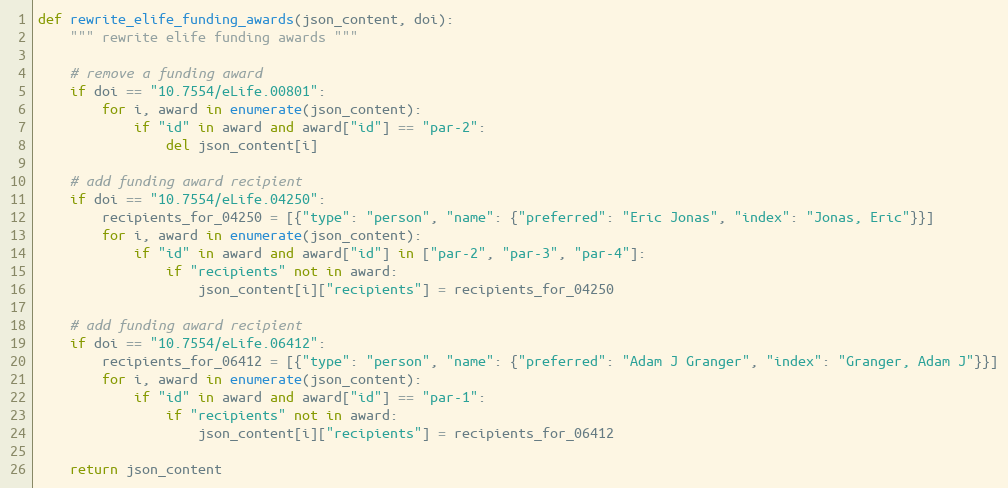
Language: Python
def rewrite_elife_funding_awards(json_content, doi):
    """ rewrite elife funding awards """

    # remove a funding award
    if doi == "10.7554/eLife.00801":
        for i, award in enumerate(json_content):
            if "id" in award and award["id"] == "par-2":
                del json_content[i]

    # add funding award recipient
    if doi == "10.7554/eLife.04250":
        recipients_for_04250 = [{"type": "person", "name": {"preferred": "Eric Jonas", "index": "Jonas, Eric"}}]
        for i, award in enumerate(json_content):
            if "id" in award and award["id"] in ["par-2", "par-3", "par-4"]:
                if "recipients" not in award:
                    json_content[i]["recipients"] = recipients_for_04250

    # add funding award recipient
    if doi == "10.7554/eLife.06412":
        recipients_for_06412 = [{"type": "person", "name": {"preferred": "Adam J Granger", "index": "Granger, Adam J"}}]
        for i, award in enumerate(json_content):
            if "id" in award and award["id"] == "par-1":
                if "recipients" not in award:
                    json_content[i]["recipients"] = recipients_for_06412

    return json_content